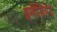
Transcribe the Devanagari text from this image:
इमीडियेट